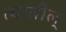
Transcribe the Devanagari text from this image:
त्यातील्